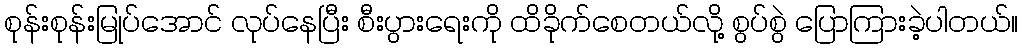
စုန်းစုန်းမြုပ်အောင် လုပ်နေပြီး စီးပွားရေးကို ထိခိုက်စေတယ်လို့ စွပ်စွဲ ပြောကြားခဲ့ပါတယ်။